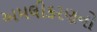
અમલીકરણનો